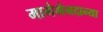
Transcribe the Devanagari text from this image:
मागेमेनदान्या